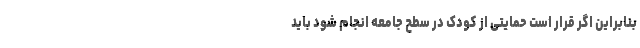
بنابراین اگر قرار است حمایتی از کودک در سطح جامعه انجام شود باید